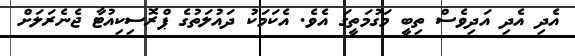
އެދި އެދި އަދިވެސް ތިބީ މަގުމަތީގަ އެވެ. އެކަމަކު ދައުލަތުގެ ޕްރޮސިކިއުޓާ ޖެނެރަލަށް